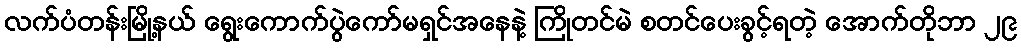
လက်ပံတန်းမြို့နယ် ရွေးကောက်ပွဲကော်မရှင်အနေနဲ့ ကြိုတင်မဲ စတင်ပေးခွင့်ရတဲ့ အောက်တိုဘာ ၂၉